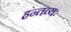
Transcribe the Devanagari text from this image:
हन्तव्यः